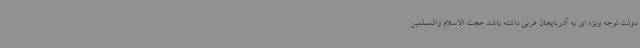
دولت توجه ویژه ای به آذربایجان غربی داشته باشد حجت الاسلام والمسلمین